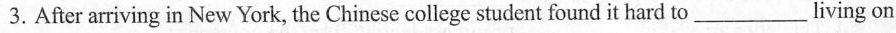
3.After arriving in New York, the Chinese college student found it hard to___living on